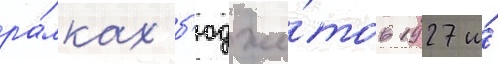
ра́мках б'юдже́тов 1927 и́